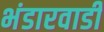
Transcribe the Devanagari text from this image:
भंडारवाडी